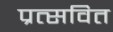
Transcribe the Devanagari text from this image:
प्रत्सवित